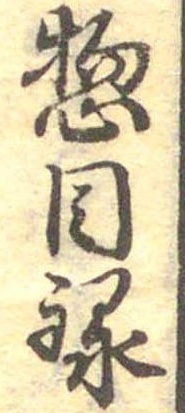
惣目録